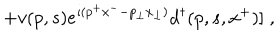
\; + v ( p , s ) e ^ { \imath ( p ^ { + } x ^ { - } - p _ { \perp } x _ { \perp } ) } d ^ { \dagger } ( p , s , x ^ { + } ) ] \; ,